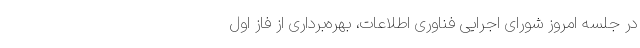
در جلسه امروز شورای اجرایی فناوری اطلاعات، بهره‌برداری از فاز اول